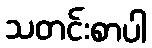
သတင်းစာပါ